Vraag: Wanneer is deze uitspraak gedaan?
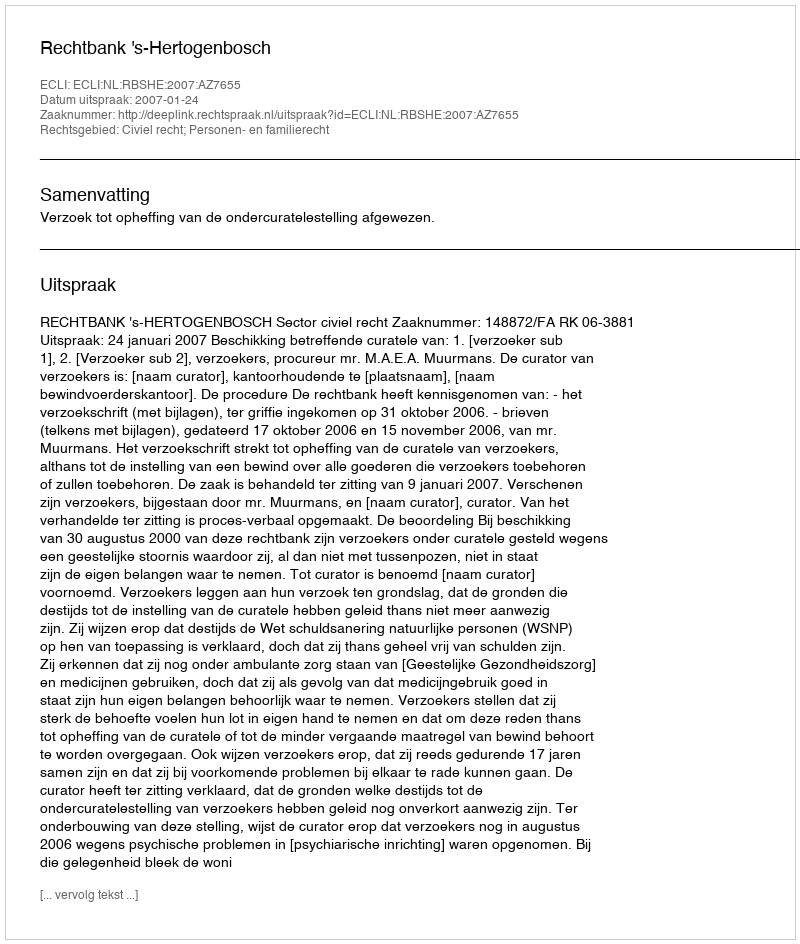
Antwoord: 2007-01-24